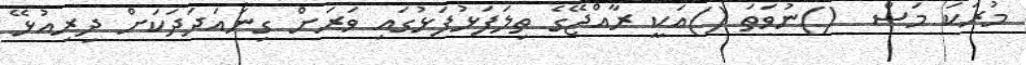
މުރަކަ މަސް  ()ނުވަތަ ()އަކީ ރާއްޖޭގެ ތިލަފަޅުފަޅުގައި ވަރަށް ގިނައަދަދަކަށް ދިރިއުޅޭ